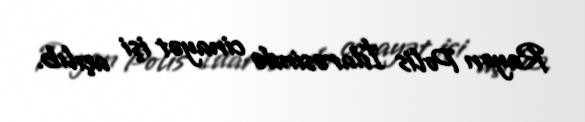
Rayon Polis İdarəsində cinayət işi açılıb.